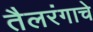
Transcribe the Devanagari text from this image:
तैलरंगाचे